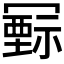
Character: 𥛛